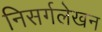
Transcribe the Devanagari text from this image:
निसर्गलेखन